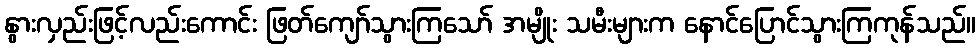
နွားလှည်းဖြင့်လည်းကောင်း ဖြတ်ကျော်သွားကြသော် အမျိုး သမီးများက နောင်ပြောင်သွားကြကုန်သည်။